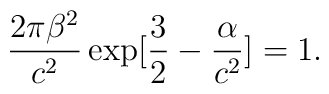
\frac{2\pi \beta^2}{c^2}\exp[\frac{3}{2}-\frac{\alpha}{c^2}]= 1.